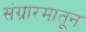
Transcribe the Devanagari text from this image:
संग्रारमातून